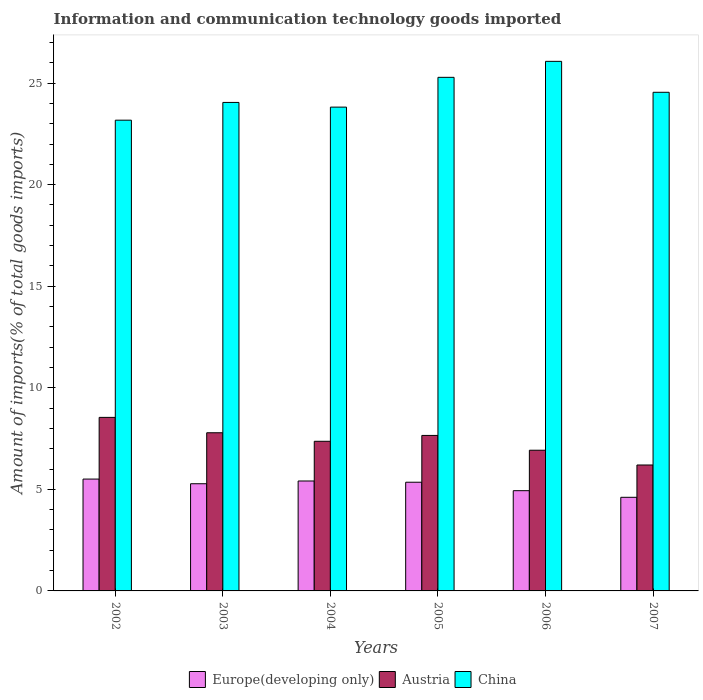
| Years | Europe(developing only) | Austria | China |
 | --- | --- | --- | --- |
 | 2002 | 5.51 | 8.54 | 23.2 |
 | 2003 | 5.28 | 7.79 | 24 |
 | 2004 | 5.41 | 7.37 | 23.8 |
 | 2005 | 5.35 | 7.65 | 25.3 |
 | 2006 | 4.93 | 6.93 | 26.1 |
 | 2007 | 4.61 | 6.2 | 24.5 |